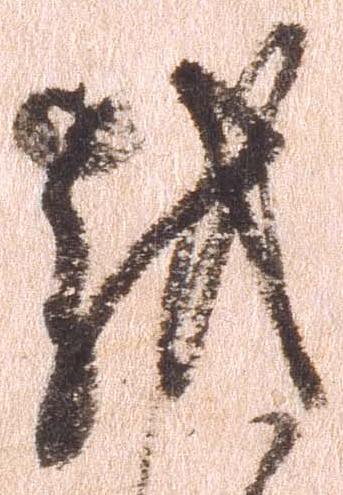
越